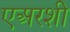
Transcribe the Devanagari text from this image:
एअरशी